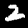
Label: 2